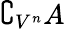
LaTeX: \complement_{V^{n}}A